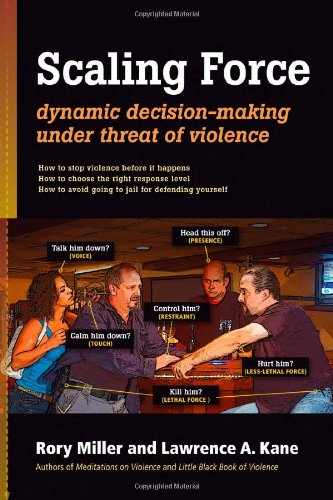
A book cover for Scaling Force: Dynamic Decision Making Under Threat of Violence; Rory Miller; Health, Fitness & Dieting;